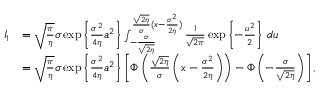
\begin{array} { r l } { I _ { 1 } } & { = \sqrt { \frac { \pi } { \eta } } \sigma \exp \left\{ \frac { \sigma ^ { 2 } } { 4 \eta } a ^ { 2 } \right\} \int _ { - \frac { \sigma } { \sqrt { 2 \eta } } } ^ { \frac { \sqrt { 2 \eta } } { \sigma } ( x - \frac { \sigma ^ { 2 } } { 2 \eta } ) } \frac { 1 } { \sqrt { 2 \pi } } \exp \left\{ - \frac { u ^ { 2 } } { 2 } \right\} \, d u } \\ & { = \sqrt { \frac { \pi } { \eta } } \sigma \exp \left\{ \frac { \sigma ^ { 2 } } { 4 \eta } a ^ { 2 } \right\} \left[ \Phi \left( \frac { \sqrt { 2 \eta } } { \sigma } \left( x - \frac { \sigma ^ { 2 } } { 2 \eta } \right) \right) - \Phi \left( - \frac { \sigma } { \sqrt { 2 \eta } } \right) \right] , } \end{array}